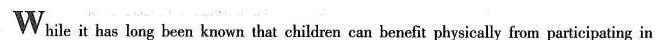
While it has long been known that children can benefit physically from participating in